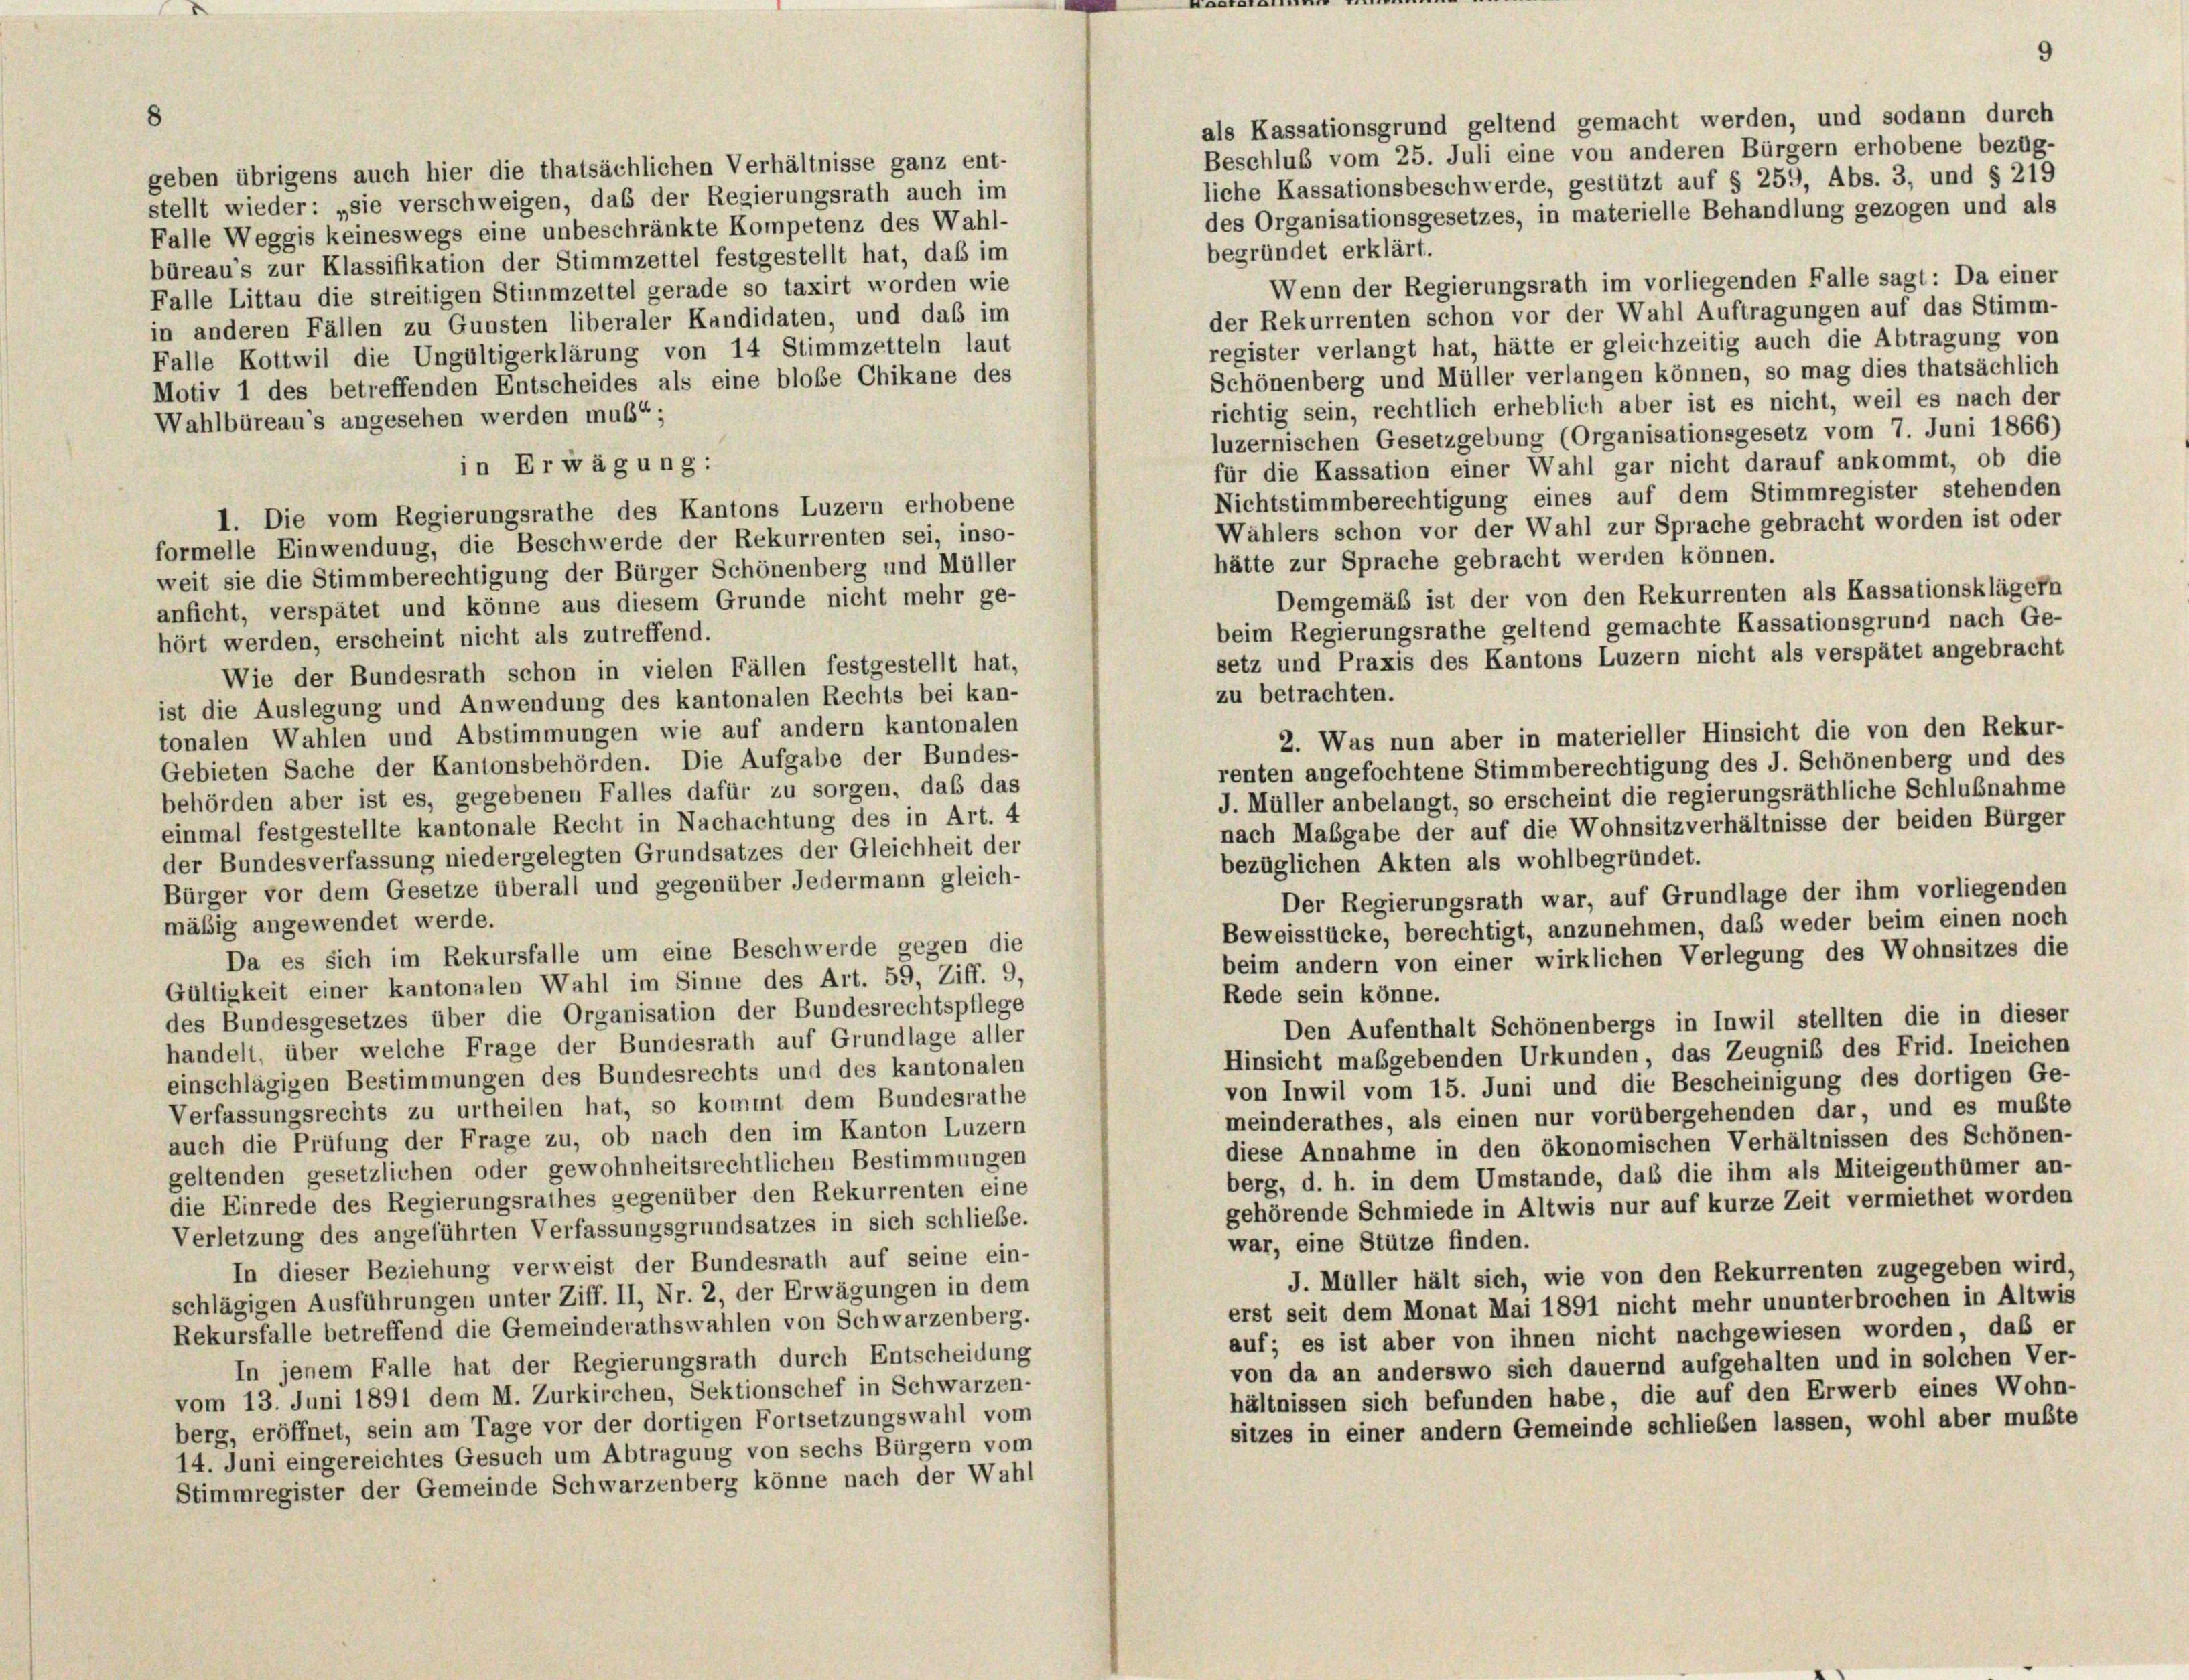
8

als Kassationsgrund geltend gemacht werden, und sodann durch
Beschluß vom 25. Juli eine von anderen Bürgern erhobene bezüg-
liche Kassationsbeschwerde, gestützt auf § 259, Abs. 3, und § 219
des Organisationsgesetzes, in materielle Behandlung gezogen und als

geben übrigens auch hier die thatsächlichen Verhältnisse ganz ent-
stellt wieder: „sie verschweigen, das der Regierungsrath auch im
Falle Weggis keineswegs eine unbeschränkte Kompetenz des Wahl-
begründet erklärt.
büreau’s zur Klassifikation der Stimmzettel festgestellt hat, daß im
Wenn der Regierungsrath im vorliegenden Falle sagt: Da einer
Falle Littau die streitigen Stimmzettel gerade so taxirt worden wie
der Rekurrenten schon vor der Wahl Auftragungen auf das Stimm-
in anderen Fällen zu Gunsten liberaler Kandidaten, und das im
register verlangt hat, hätte er gleichzeitig auch die Abtragung von
Falle Kottwil die Ungültigerklärung von 14 Stimmzetteln laut
Schönenberg und Müller verlangen können, so mag dies thatsächlich
Motiv 1 des betreffenden Entscheides als eine blobe Chikane des
richtig sein, rechtlich erheblich aber ist es nicht, weil es nach der
Wahlbüreau’s angesehen werden muß“;
luzernischen Gesetzgebung (Organisationsgesetz vom 7. Juni 1866)
für die Kassation einer Wahl gar nicht darauf ankommt, ob die
in Erwägung:
Nichtstimmberechtigung eines auf dem Stimmregister stehenden
1. Die vom Regierungsrathe des Kantons Luzern erhobene
Wählers schon vor der Wahl zur Sprache gebracht worden ist oder
formelle Einwendung, die Beschwerde der Rekurrenten sei, inso-
hätte zur Sprache gebracht werden können.
weit sie die Stimmberechtigung der Bürger Schönenberg und Müller
Demgemäß ist der von den Rekurrenten als Kassationsklägern
anficht, verspätet und könne aus diesem Grunde nicht mehr ge-
beim Regierungsrathe geltend gemachte Kassationsgrund nach Ge-
hört werden, erscheint nicht als zutreffend.
setz und Praxis des Kantons Luzern nicht als verspätet angebracht
Wie der Bundesrath schon in vielen Fällen festgestellt hat,
zu betrachten.
ist die Auslegung und Anwendung des kantonalen Rechts bei kan-
tonalen Wahlen und Abstimmungen wie auf andern kantonalen
2. Was nun aber in materieller Hinsicht die von den Rekur-
Gebieten Sache der Kantonsbehörden. Die Aufgabe der Bundes-
renten angefochtene Stimmberechtigung des J. Schönenberg und des
behörden aber ist es, gegebenen Falles dafür zu sorgen, daß das
J. Müller anbelangt, so erscheint die regierungsräthliche Schlußnahme
einmal festgestellte kantonale Recht in Nachachtung des in Art. 4
nach Maßgabe der auf die Wohnsitzverhältnisse der beiden Bürger
der Bundesverfassung niedergelegten Grundsatzes der Gleichheit der
bezüglichen Akten als wohlbegründet.
Bürger vor dem Gesetze überall und gegenüber Jedermann gleich-
Der Regierungsrath war, auf Grundlage der ihm vorliegenden
mäßig angewendet werde.
Beweisstücke, berechtigt, anzunehmen, daß weder beim einen noch
Da es sich im Rekursfalle um eine Beschwerde gegen die
beim andern von einer wirklichen Verlegung des Wohnsitzes die
Gültigkeit einer kantonalen Wahl im Sinne des Art. 59, Ziff. 9,
Rede sein könne.
des Bundesgesetzes über die Organisation der Bundesrechtspflege
Den Aufenthalt Schönenbergs in Inwil stellten die in dieser
handelt, über welche Frage der Bundesrath auf Grundlage aller
Hinsicht maßgebenden Urkunden, das Zeugnis des Frid. Ineichen
einschlägigen Bestimmungen des Bundesrechts und des kantonalen
von Inwil vom 15. Juni und die Bescheinigung des dortigen Ge-
Verfassungsrechts zu urtheilen hat, so kommt dem Bundesrathe
meinderathes, als einen nur vorübergehenden dar, und es mußte
auch die Prüfung der Frage zu, ob nach den im Kanton Luzern
diese Annahme in den ökonomischen Verhältnissen des Schönen-
geltenden gesetzlichen oder gewohnheitsrechtlichen Bestimmungen
berg, d. h. in dem Umstände, daß die ihm als Miteigenthümer an-
die Einrede des Regierungsrathes gegenüber den Rekurrenten eine
gehörende Schmiede in Altwis nur auf kurze Zeit vermiethet worden
Verletzung des angeführten Verfassungsgrundsatzes in sich schliebe.
war, eine Stütze finden.
In dieser Beziehung verweist der Bundesrath auf seine ein-
J. Müller hält sich, wie von den Rekurrenten zugegeben wird.
schlägigen Ausführungen unter Ziff. II, Nr. 2, der Erwägungen in dem
erst seit dem Monat Mai 1891 nicht mehr ununterbrochen in Altwis
Rekursfalle betreffend die Gemeinderathswahlen von Schwarzenberg.
auf; es ist aber von ihnen nicht nachgewiesen worden, daß er
In jenem Falle hat der Regierungsrath durch Entscheidung
von da an anderswo sich dauernd aufgehalten und in solchen Ver-
vom 13. Juni 1891 dem M. Zurkirchen, Sektionschef in Schwarzen-
hältnissen sich befunden habe, die auf den Erwerb eines Wohn-
berg, eröffnet, sein am Tage vor der dortigen Fortsetzungswahl vom
sitzes in einer andern Gemeinde schließen lassen, wohl aber mußte
14. Juni eingereichtes Gesuch um Abtragung von sechs Bürgern vom
Stimmregister der Gemeinde Schwarzenberg könne nach der Wahl